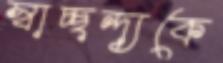
স্বাচ্ছন্দ্যকে